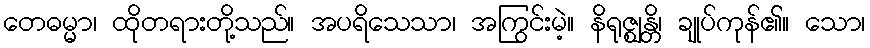
တေဓမ္မာ၊ ထိုတရားတို့သည်။ အပရိသေသာ၊ အကြွင်းမဲ့။ နိရုဇ္ဈန္တိ၊ ချုပ်ကုန်၏။ သော၊